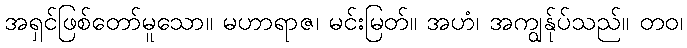
အရှင်ဖြစ်တော်မူသော။ မဟာရာဇ၊ မင်းမြတ်။ အဟံ၊ အကျွန်ုပ်သည်။ တဝ၊